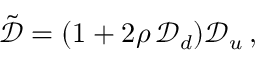
\begin{array} { r } { \tilde { \mathcal { D } } = ( 1 + 2 \rho \, \mathcal { D } _ { d } ) \mathcal { D } _ { u } \, , } \end{array}